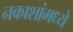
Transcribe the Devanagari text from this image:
नकाशांमध्ये